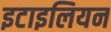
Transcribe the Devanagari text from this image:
इटाइलियन